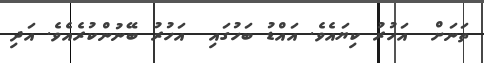
ތަނަށް  އަހުރު ކިޔައެވެ. އައްޑު ބަހުގައި  އަހުރު ބޭނުންކުރެއެވެ. އަދި